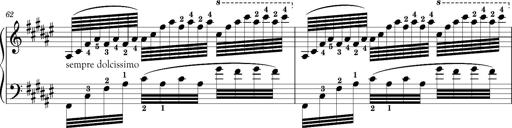
Title: Schlummerlied mit Arabesken
Composer: Franz Liszt
Key: F-sharp major